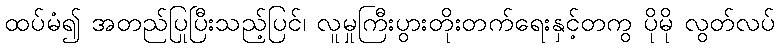
ထပ်မံ၍ အတည်ပြုပြီးသည့်ပြင်၊ လူမှုကြီးပွားတိုးတက်ရေးနှင့်တကွ ပိုမို လွတ်လပ်